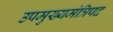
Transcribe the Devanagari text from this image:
उपमुख्यमंत्रिपद